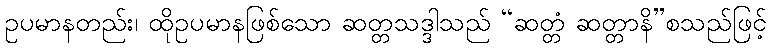
ဥပမာနတည်း၊ ထိုဥပမာနဖြစ်သော ဆတ္တသဒ္ဒါသည် “ဆတ္တံ ဆတ္တာနိ”စသည်ဖြင့်